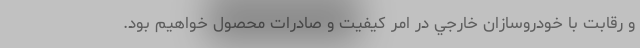
و رقابت با خودروسازان خارجي در امر كيفيت و صادرات محصول خواهيم بود.